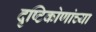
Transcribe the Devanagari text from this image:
दृष्टिकोणांच्या